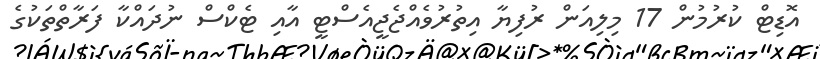
އޮޑިޓް ކުރުމުން 17 މިލިއަން ރުފިޔާ އިތުރުވެއްޖެޖީއެސްޓީ އާއި ޓެކްސް ނުދައްކާ ފަރާތްތަކުގެ